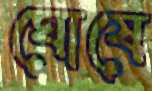
ঘোষে